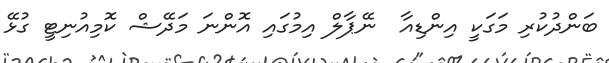
ބަންދުކުރި މަގަކީ އިންޑިއާ  ނޭޕާލް އިމުގައި އޮންނަ މަދޭޝް ކޮމިއުނިޓީ ގުޅޭ